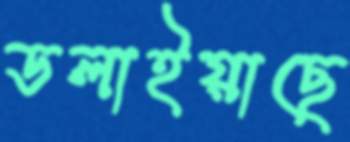
ডলাইয়াছে